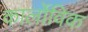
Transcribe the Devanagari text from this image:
कार्लोविक